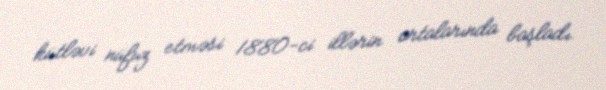
kütləvi nüfuz etməsi 1880-ci illərin ortalarında başladı.